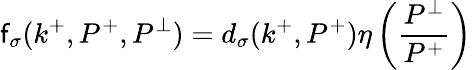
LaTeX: \mathsf{f}_{\sigma}(k^{+},P^{+},P^{\perp})=d_{\sigma}(k^{+},P^{+})\eta\left(\frac{{P^{\perp}}}{{P^{+}}}\right)